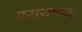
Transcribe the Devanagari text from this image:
परायापन